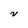
Character: V